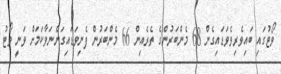
ވޯޓުގައި ބައިވެރިވެވަޑައިގެން 68 މެންބަރުންގެ ތެރެއިން 66 މެންބަރުން ފެނިވަޑައިގަންނަވާކަމަށް ވަނީ ވޯޓު